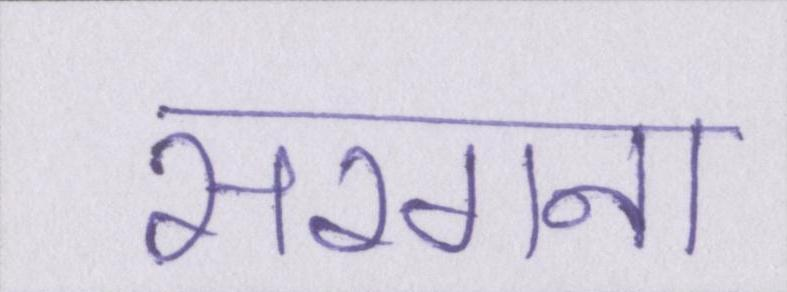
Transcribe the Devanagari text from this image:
सरगना